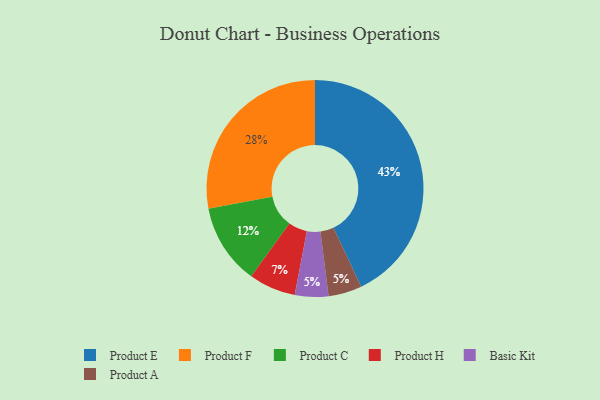
{"axis": {"x": "Category", "y": "Percentage"}, "legend": ["Basic Kit", "Product A", "Product C", "Product E", "Product F", "Product H"], "data": [{"x": "Basic Kit", "y": 5, "type": "Basic Kit"}, {"x": "Product A", "y": 5, "type": "Product A"}, {"x": "Product C", "y": 12, "type": "Product C"}, {"x": "Product H", "y": 7, "type": "Product H"}, {"x": "Product E", "y": 43, "type": "Product E"}, {"x": "Product F", "y": 28, "type": "Product F"}]}